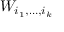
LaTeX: W _ { i _ { 1 } , \dots , i _ { k } }